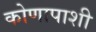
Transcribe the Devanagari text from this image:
कोणापाशी